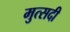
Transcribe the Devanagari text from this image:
मुत्सदी